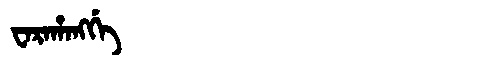
Manchu: ᠸᠠᡵᠠᡥᠠᠩᡤᡝ
Romanization: WARAHANGGE